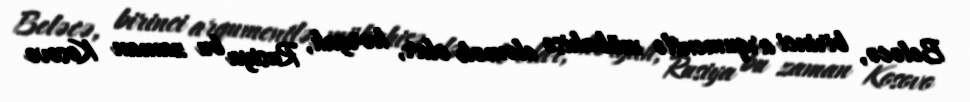
Beləcə, birinci arqumentlə mübahisə eləmək olar, hərgah, Rusiya bu zaman Kosovo